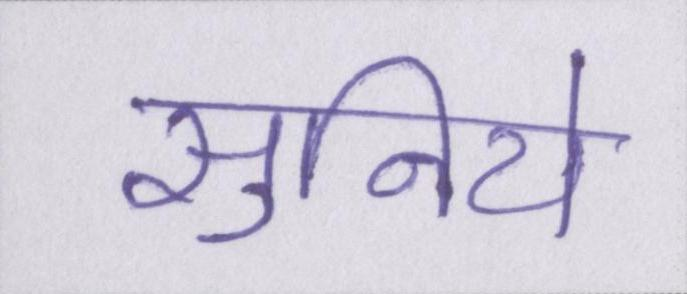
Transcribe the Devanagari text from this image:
सुनिये